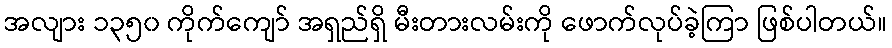
အလျား ၁၃၅၀ ကိုက်ကျော် အရှည်ရှိ မီးတားလမ်းကို ဖောက်လုပ်ခဲ့ကြာ ဖြစ်ပါတယ်။